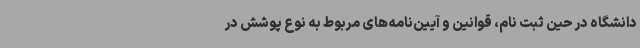
دانشگاه در حین ثبت نام، قوانین و آیین‌نامه‌های مربوط به نوع پوشش در